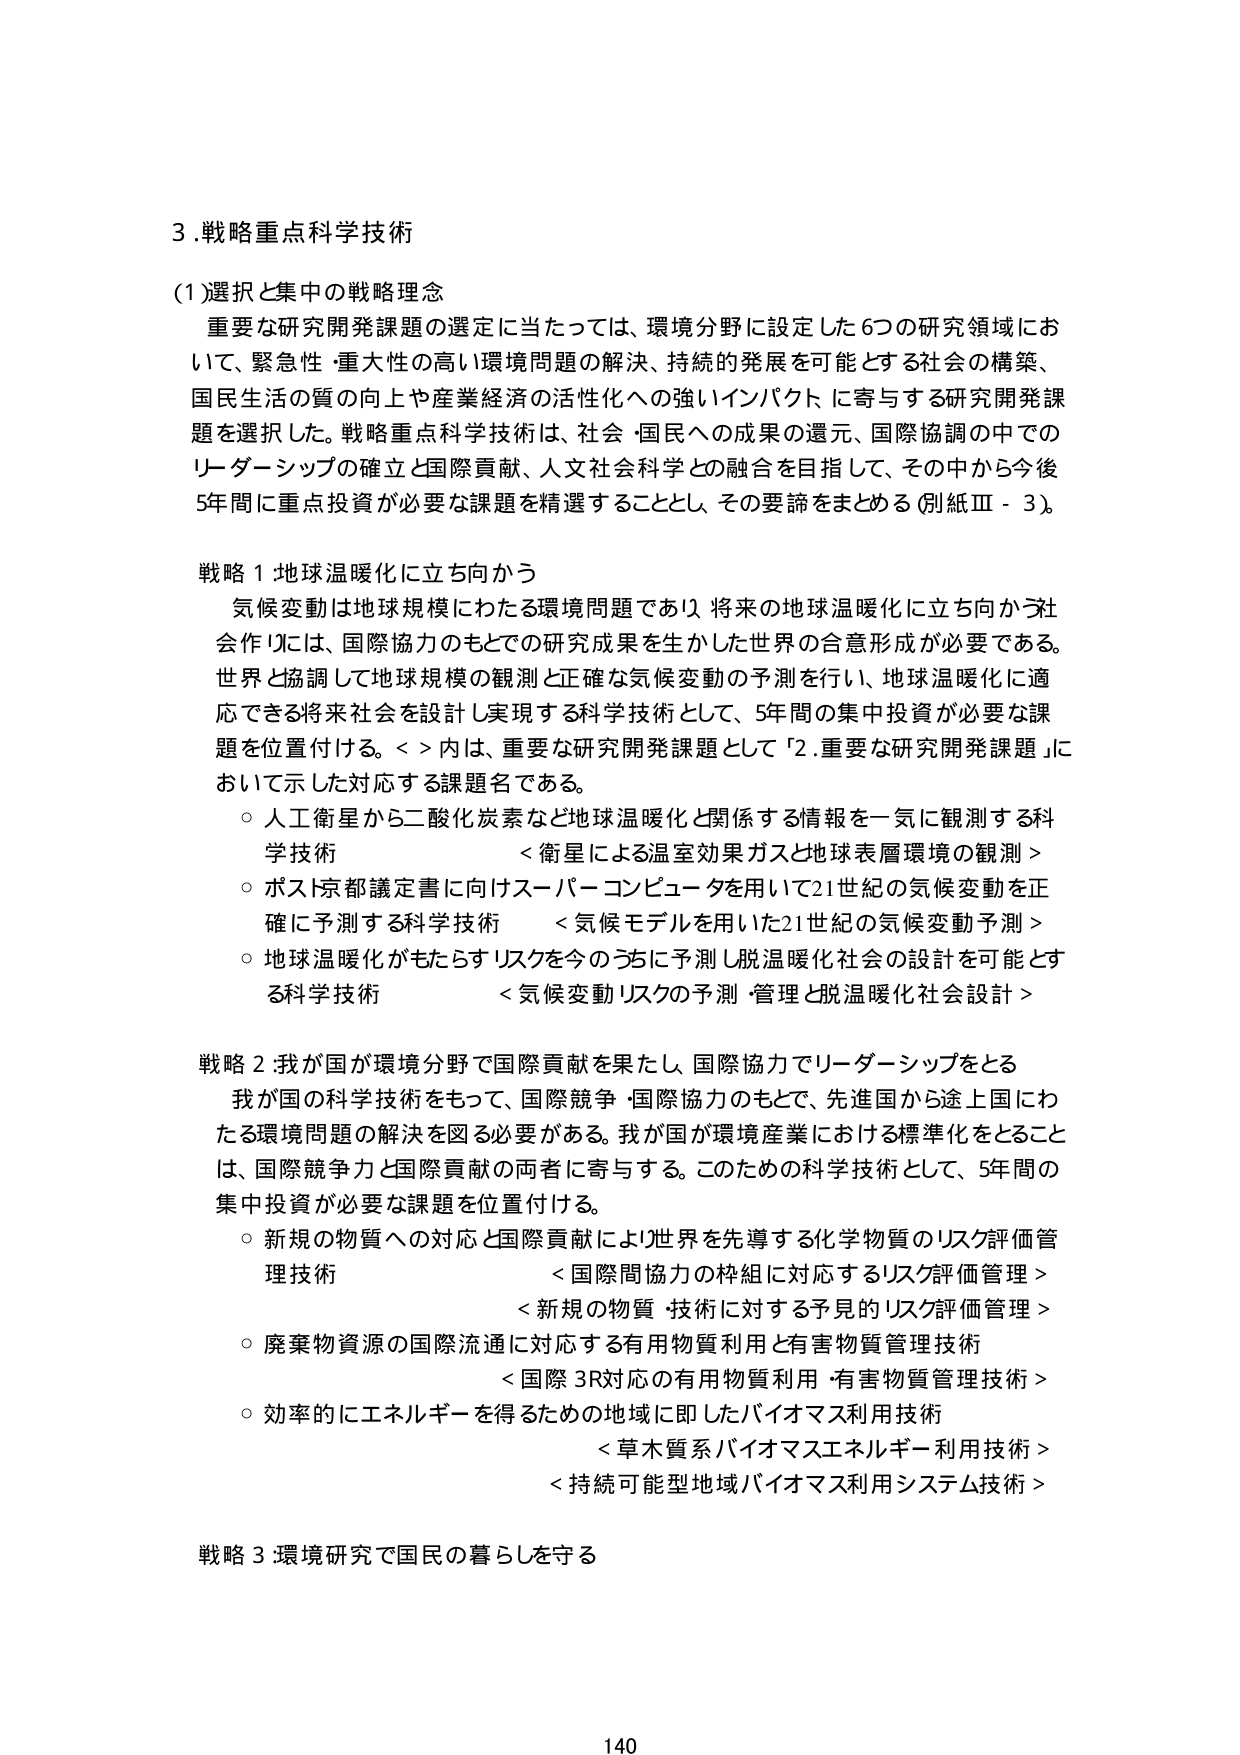
3.戦略重点科学技術

(1)選択と集中の戦略理念
重要な研究開発課題の選定に当たっては、環境分野に設定した6つの研究領域において、緊急性・重大性の高い環境問題の解決、持続的発展を可能とする社会の構築、国民生活の質の向上や産業経済の活性化への強いインパクトに寄与する研究開発課題を選択した。戦略重点科学技術は、社会・国民への成果の還元、国際協調の中でのリーダーシップの確立と国際貢献、人文社会科学との融合を目指して、その中から今後5年間に重点投資が必要な課題を精選することとし、その要諦をまとめる（別紙Ⅲ-3）。

戦略1 地球温暖化に立ち向かう
気候変動は地球規模にわたる環境問題であり、将来の地球温暖化に立ち向かう社会作りには、国際協力のもとでの研究成果を生かした世界の合意形成が必要である。世界と協調して地球規模の観測と正確な気候変動の予測を行い、地球温暖化に適応できる将来社会を設計し実現する科学技術として、5年間の集中投資が必要な課題を位置付ける。< >内は、重要な研究開発課題として「2.重要な研究開発課題」において示した対応する課題名である。
○ 人工衛星から二酸化炭素など地球温暖化と関係する情報を一気に観測する科学技術 <衛星による温室効果ガスと地球表層環境の観測>
○ ポスト京都議定書に向けスーパーコンピュータを用いて21世紀の気候変動を正確に予測する科学技術 <気候モデルを用いた21世紀の気候変動予測>
○ 地球温暖化がもたらすリスクを今のうちに予測し脱温暖化社会の設計を可能とする科学技術 <気候変動リスクの予測・管理と脱温暖化社会設計>

戦略2 我が国が環境分野で国際貢献を果たし、国際協力でリーダーシップをとる
我が国の科学技術をもって、国際競争・国際協力のもとで、先進国から途上国にわたる環境問題の解決を図る必要がある。我が国が環境産業における標準化をとることは、国際競争力と国際貢献の両者に寄与する。このための科学技術として、5年間の集中投資が必要な課題を位置付ける。
○ 新規の物質への対応と国際貢献により世界を先導する化学物質のリスク評価管理技術 <国際間協力の枠組に対応するリスク評価管理> <新規の物質・技術に対する予見的リスク評価管理>
○ 廃棄物資源の国際流通に対応する有用物質利用と有害物質管理技術 <国際3R対応の有用物質利用・有害物質管理技術>
○ 効率的にエネルギーを得るための地域に即したバイオマス利用技術 <草木質系バイオマスエネルギー利用技術> <持続可能型地域バイオマス利用システム技術>

戦略3 環境研究で国民の暮らしを守る

140